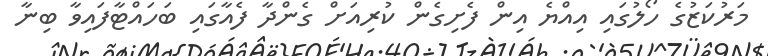
މަރުކަޒުގެ ހޯލުގައި އިއްޔެ އިން ފެށިގެން ކުރިއަށް ގެންދާ ފެއާގައި ބަހައްޓާފައިވާ ބިނާ